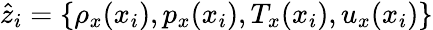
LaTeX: \hat{z}_{i}=\{ \rho_{x}(x_{i}),p_{x}(x_{i}),T_{x}(x_{i}),u_{x}(x_{i})\}